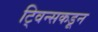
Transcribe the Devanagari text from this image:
ट्विन्सकडून